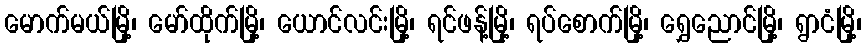
မောက်မယ်မြို့၊ မော်ထိုက်မြို့၊ ယောင်လင်းမြို့၊ ရင်ဖန့်မြို့၊ ရပ်စောက်မြို့၊ ရွှေညောင်မြို့၊ ရွာငံမြို့၊